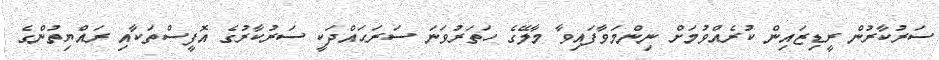
ސަރުކާރުން ރީޑިޒައިން ކުރެއްވުމަށް ނިންމަވާފައިވާ މާލޭގެ ހަތަރުވަނަ ސަރަޙައްދަކީ ސަރުކާރުގެ އޮފީސްތަކާއި ރައްޔިތުންގެ